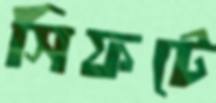
সিফটে